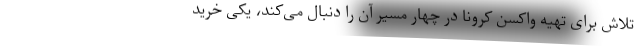
تلاش برای تهیه واکسن کرونا در چهار مسیر آن را دنبال می‌کند، یکی خرید